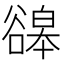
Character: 䜰